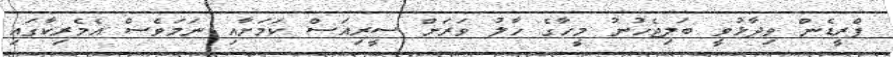
ފްރީޑެން ވިދާޅުވީ ބަލިޖެހުނު މީހާގެ ހާލު ވަރަށް ސީރިއަސް ކަމަށާއި ނަަމަވެސް އެމެރިކާގައި